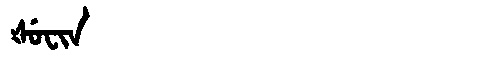
Manchu: ᡧᡠᠸᡳᠨ
Romanization: ŠUFIN